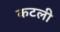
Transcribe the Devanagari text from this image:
कटली